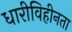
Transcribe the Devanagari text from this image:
धारीविहीनता